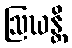
ဩဃန္တိ